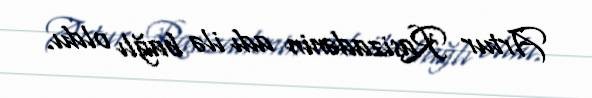
Artur Rasizadənin adı ilə bağlı oldu.